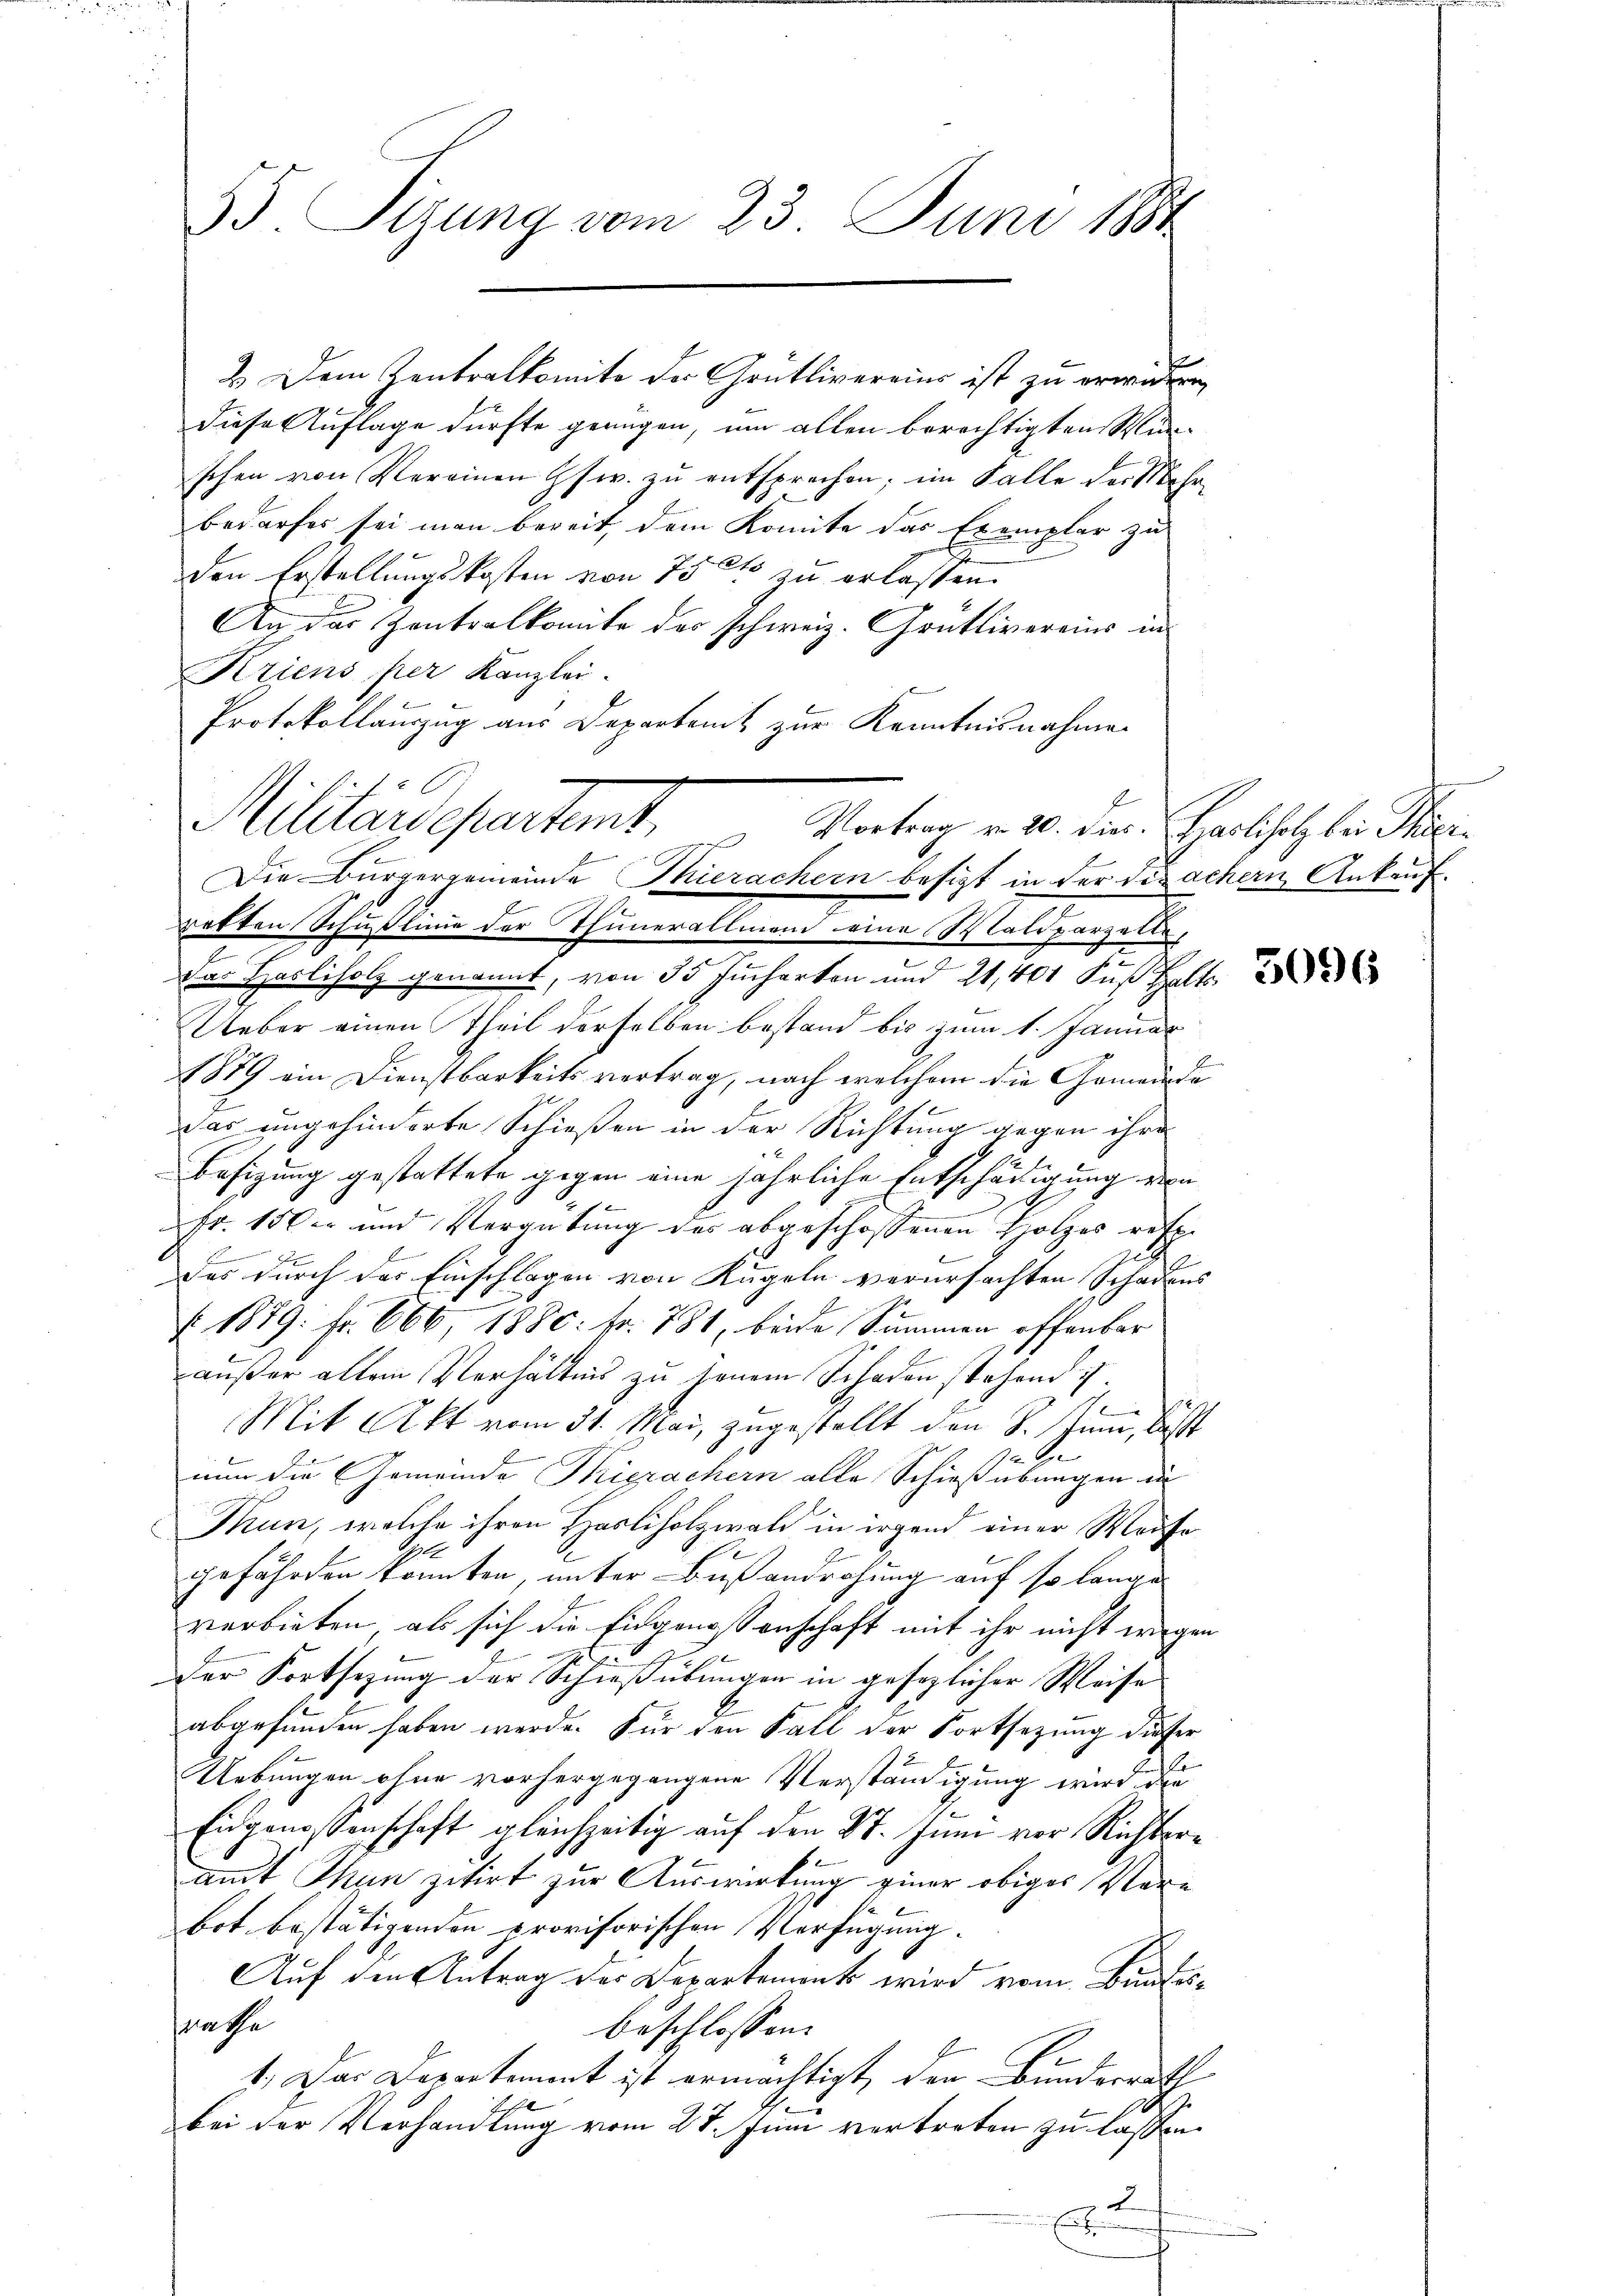
35. Sizung vom 23. Juni 1881

2. Dem Zentralkomite des Grütlivereins ist zu erwidern,
diese Auflage dürfte genügen, um allen berechtigten Wunschen von Vereinen Gsw. zŭ entsprechen; im Falle der Mehrbedarfes sei man bereit, dem Komite das Exemplar zu
den Erstellungskosten von 75 et erlassen.
An das Zentralkomite der Schweiz. Grütlivereins in
Kriens per Kanzlei-
Protokollauszug aus Departamt zur Kenntnisnahmen
retten Schußlinie der Thunerallmann eine Waldparzelle,
2
Dar Harliholz genannt, von 35 Jucharten und 21, 401 Fuß halt
Ueber einen Theil derselben bestand bis zum 1. Januar
1889 ein Dienstbarkeits vertrag, nach welchem die Gemeinde
das ungehinderte Schießen in der Richtung gegen ihre
1
Besizung gestattete gegen eine jährliche Entschädigung von
Fr. 150er und Vergütŭng des abgeschossenen Holzes resp.
das durch das Einschlagen von Kugeln verursachten Schadens
N 1879. Fr. 666 1880: fr. 781, beide Summen offenbar
außer allem Verhältnis zu seinem Schaden stehend i
e
Mit Akt vom 31. Mai, zugestellt den S. Juni, lässt
e
nun die Gemeinde Tierachern alle Schießübungen in
Thun, welche ihren Hasliholzwald in irgend einer Weise
gefährden könnten, unter Bußandrohung auf so lange
verbieten, als sich die Eidgenoßenschaft mit ihr nicht wegen
Der Fortsetzung der Schießübungen in gesezlicher Weise
abgefunden haben werde. Für den Fall der Fortsetzung dieser
Uebungen ohne vorhergegangene Verständigung wird die
Eidgenossenschaft gleichzeitig auf den St. Juni vor Richter
amt Thun zitirt zur Auswirkung einer obiges Verbot bestätigenden provisorischen Verfügung.
Auf den Antrag des Departement wird vom Bundessache
beschlossen: |
1.) Das Departement ist ermächtigt, den Bundesrath
bei der Verhandlung vom 27. Juni vertreten zu lassen.
2
i

Militärdepartet. Vertrag v. 20. den Herbsatz die Ste
Die Bürgergemeinde Thierachern besitzt in der Dizachern Ankauf¬

f